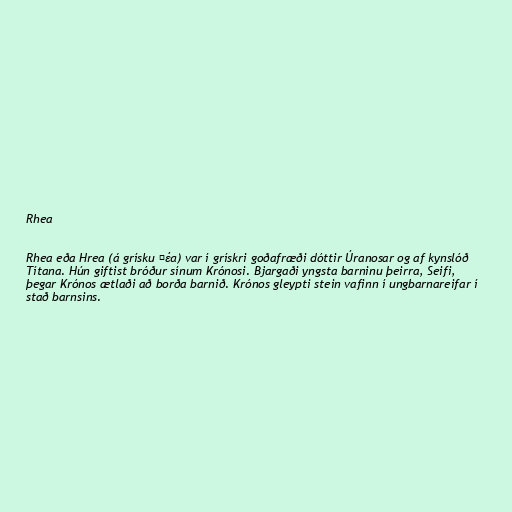
Rhea

Rhea eða Hrea (á grísku Ῥέα) var í grískri goðafræði dóttir Úranosar og af kynslóð
Títana. Hún giftist bróður sínum Krónosi. Bjargaði yngsta barninu þeirra, Seifi,
þegar Krónos ætlaði að borða barnið. Krónos gleypti stein vafinn í ungbarnareifar í
stað barnsins.